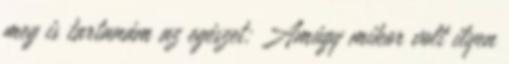
meg is tartanám az egészet: Amúgy mikor volt ilyen